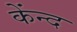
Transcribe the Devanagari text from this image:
केंन्द